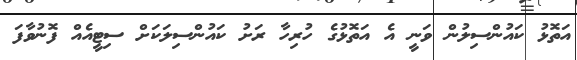
އަތޮޅު ކައުންސިލުން ވަނީ އެ އަތޮޅުގެ ހުރިހާ ރަށު ކައުންސިލަކަށް ސިޓީއެއް ފޮނުވާފަ